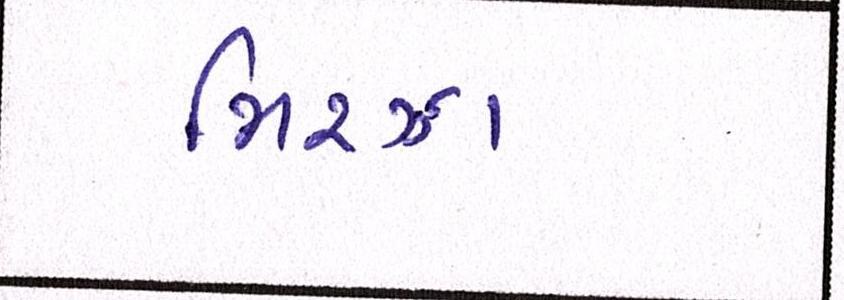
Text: મિરઝા